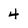
Character: 4